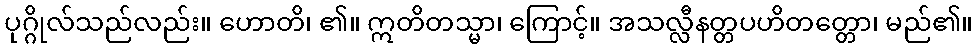
ပုဂ္ဂိုလ်သည်လည်း။ ဟောတိ၊ ၏။ ဣတိတသ္မာ၊ ကြောင့်။ အသလ္လီနတ္တပဟိတတ္တော၊ မည်၏။